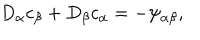
D _ { \alpha } c _ { \beta } + D _ { \beta } c _ { \alpha } = - \psi _ { \alpha \beta } ,